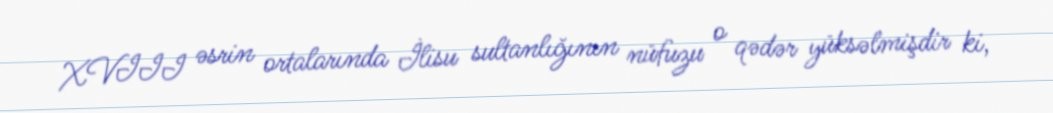
XVIII əsrin ortalarında İlisu sultanlığının nüfuzu o qədər yüksəlmişdir ki,